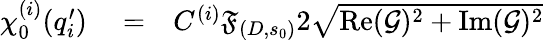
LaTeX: \begin{array}{rlr}{\chi_{0}^{(i)}(q_{i}^{\prime})}&{{}=}&{C^{(i)}\mathfrak{F}_{(D,s_{0})}2\sqrt{\operatorname{Re}(\mathcal{G})^{2}+\operatorname{Im}(\mathcal{G})^{2}}}\end{array}